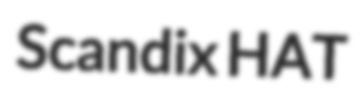
Scandix HAT